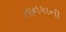
નાનકાની